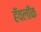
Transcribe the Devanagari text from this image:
हॅवलॉक